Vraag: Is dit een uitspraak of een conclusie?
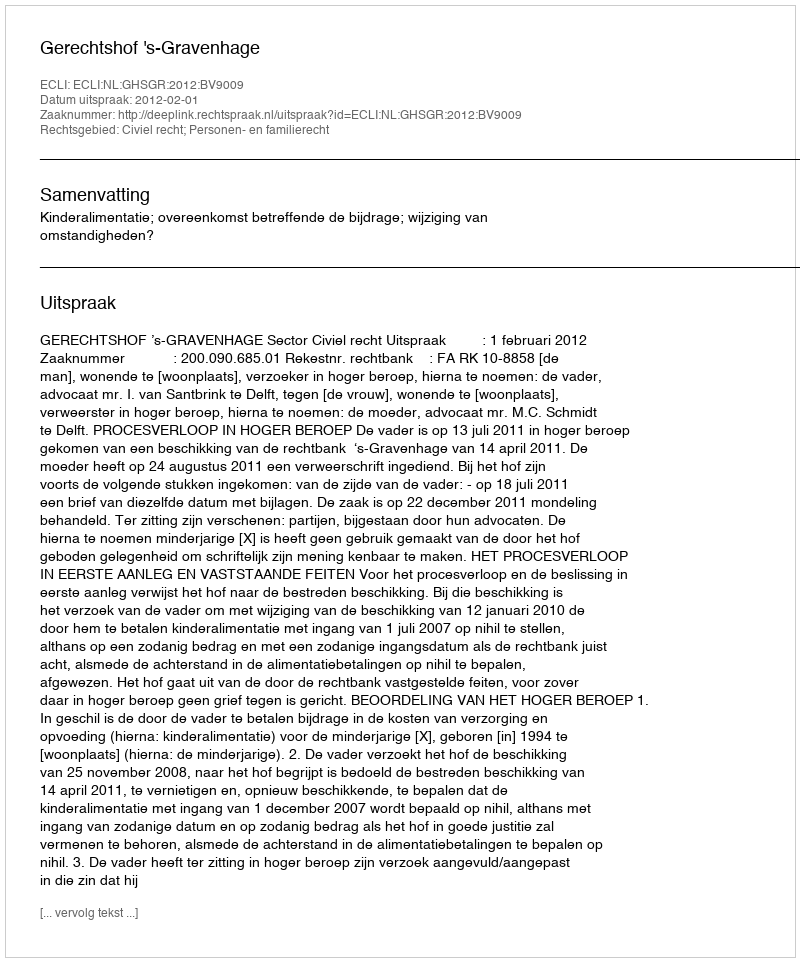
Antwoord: Uitspraak